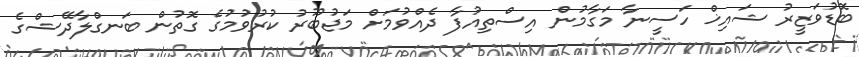
ބޮޑުވަޒީރު ޝައިޚް ހަސީނާ މަގާމުން އިސްތިއުފާ ދެއްވުމަށް މަޖުބޫރު ކުރުވުމުގެ ގޮތުން ބަނގްލާދޭޝްގެ